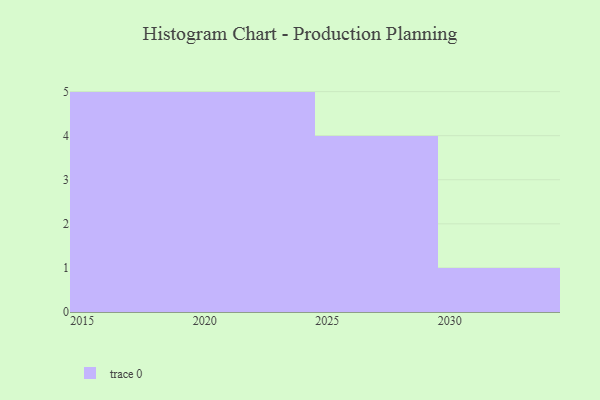
{"axis": {"x": "Year", "y": "Revenue (USD Million)"}, "legend": [""], "data": [{"x": "2020", "y": 97, "type": ""}, {"x": "2017", "y": 15, "type": ""}, {"x": "2022", "y": 35, "type": ""}, {"x": "2028", "y": 56, "type": ""}, {"x": "2029", "y": 11, "type": ""}, {"x": "2027", "y": 70, "type": ""}, {"x": "2021", "y": 21, "type": ""}, {"x": "2024", "y": 11, "type": ""}, {"x": "2019", "y": 24, "type": ""}, {"x": "2023", "y": 69, "type": ""}, {"x": "2018", "y": 49, "type": ""}, {"x": "2030", "y": 34, "type": ""}, {"x": "2016", "y": 24, "type": ""}, {"x": "2015", "y": 11, "type": ""}, {"x": "2026", "y": 51, "type": ""}]}